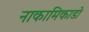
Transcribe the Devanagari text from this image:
नाकामिकाडो